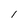
Character: 1